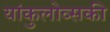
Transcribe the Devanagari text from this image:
यांकुलोव्सकी